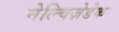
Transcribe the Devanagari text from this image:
मेल्चिज़ेडेक